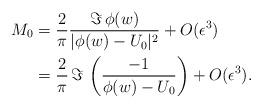
LaTeX: \begin{align*}M_0&=\frac{2}{\pi}\frac{\Im\, \phi (w)}{|\phi (w)-U_0|^2}+O(\epsilon ^3) \\&=\frac{2}{\pi}\,\Im\, \left (\frac{-1}{\phi (w)-U_0} \right )+O(\epsilon^3 ) .\end{align*}